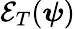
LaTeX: \mathcal{E}_{T}(\boldsymbol{\psi})